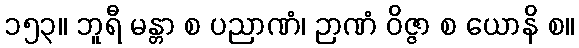
၁၅၃။ ဘူရီ မန္တာ စ ပညာဏံ၊ ဉာဏံ ဝိဇ္ဇာ စ ယောနိ စ။